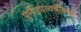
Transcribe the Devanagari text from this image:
पुर्नउपत्वचीकरण